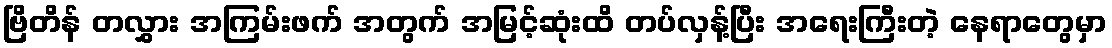
ဗြိတိန် တလွှား အကြမ်းဖက် အတွက် အမြင့်ဆုံးထိ တပ်လှန့်ပြီး အရေးကြီးတဲ့ နေရာတွေမှာ